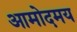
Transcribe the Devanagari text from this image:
आमोदमय